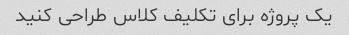
یک پروژه برای تکلیف کلاس طراحی کنید